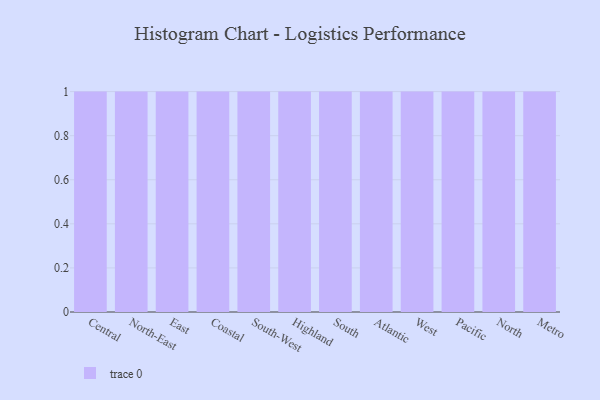
{"axis": {"x": "Region", "y": "Bounce Rate (%)"}, "legend": [""], "data": [{"x": "Central", "y": 24, "type": ""}, {"x": "North-East", "y": 4, "type": ""}, {"x": "East", "y": 82, "type": ""}, {"x": "Coastal", "y": 45, "type": ""}, {"x": "South-West", "y": 48, "type": ""}, {"x": "Highland", "y": 2, "type": ""}, {"x": "South", "y": 91, "type": ""}, {"x": "Atlantic", "y": 90, "type": ""}, {"x": "West", "y": 77, "type": ""}, {"x": "Pacific", "y": 46, "type": ""}, {"x": "North", "y": 40, "type": ""}, {"x": "Metro", "y": 91, "type": ""}]}